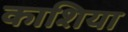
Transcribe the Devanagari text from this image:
काशिया